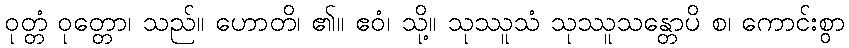
ဝုတ္တံ ဝုတ္တော၊ သည်။ ဟောတိ၊ ၏။ ဧဝံ၊ သို့။ သုဿူသံ သုဿူသန္တောပိ စ၊ ကောင်းစွာ